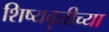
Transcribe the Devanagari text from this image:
शिष्यवृत्तीच्या